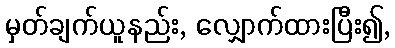
မှတ်ချက်ယူနည်း, လျှောက်ထားပြီး၍,